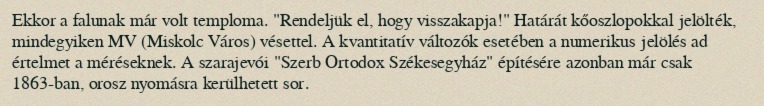
Ekkor a falunak már volt temploma. "Rendeljük el, hogy visszakapja!" Határát kőoszlopokkal jelölték, mindegyiken MV (Miskolc Város) vésettel. A kvantitatív változók esetében a numerikus jelölés ad értelmet a méréseknek. A szarajevói "Szerb Ortodox Székesegyház" építésére azonban már csak 1863-ban, orosz nyomásra kerülhetett sor.